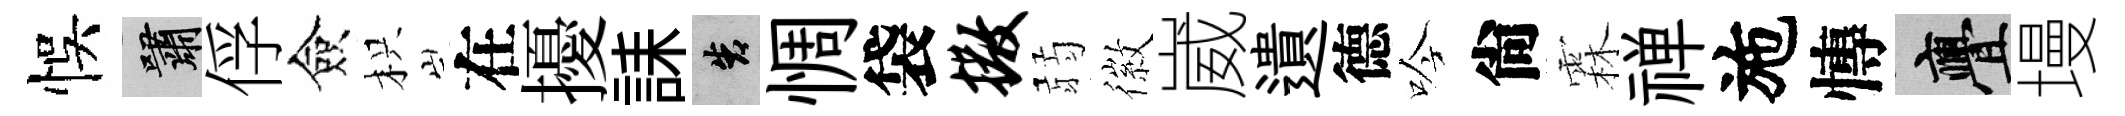
悞嘯俘僉枳在擾誄告惆袋撒弱徽崴遺德吟尙霖禅施慱亹墁